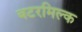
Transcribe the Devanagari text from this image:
बटरमिल्क